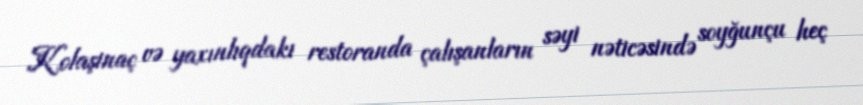
Kolaşinaç və yaxınlıqdakı restoranda çalışanların səyi nəticəsində soyğunçu heç